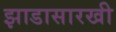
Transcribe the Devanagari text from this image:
झाडासारखी